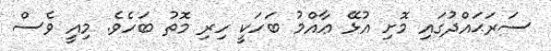
ސަރަޙައްދުގައި މޮށި އުޅޭ ޢާއްމު ބަހަކީ ހިރި މޮތު ބަހެވެ. މިއީ ވެސް